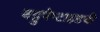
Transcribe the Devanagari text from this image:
बहुपेप्टाइडची